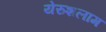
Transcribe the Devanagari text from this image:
येरुशलाम